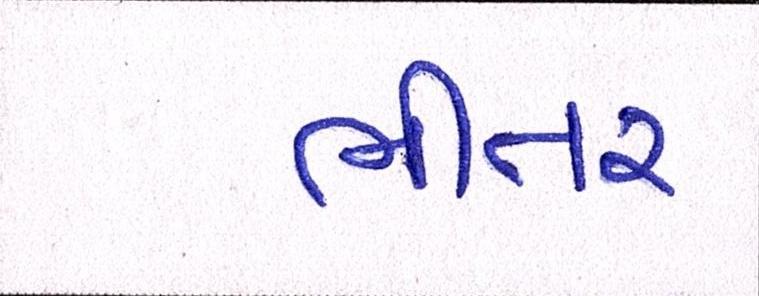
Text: ભીતર